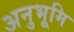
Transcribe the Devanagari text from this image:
अनुभूमि